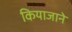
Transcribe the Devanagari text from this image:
कियाजाने